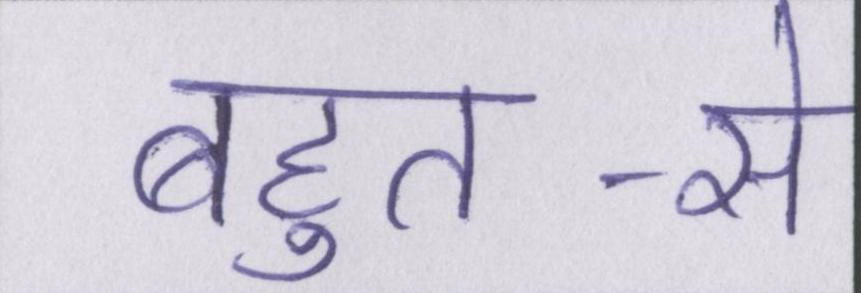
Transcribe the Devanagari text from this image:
बहुत-से